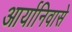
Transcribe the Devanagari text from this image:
आर्यानिवासे